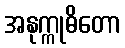
အနုက္ကုဓိတော